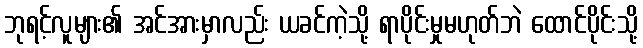
ဘုရင့်လူများ၏ အင်အားမှာလည်း ယခင်ကဲ့သို့ ရာပိုင်းမှုမဟုတ်ဘဲ ထောင်ပိုင်းသို့